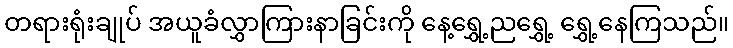
တရားရုံးချုပ် အယူခံလွှာကြားနာခြင်းကို နေ့ရွှေ့ညရွှေ့ ရွှေ့နေကြသည်။